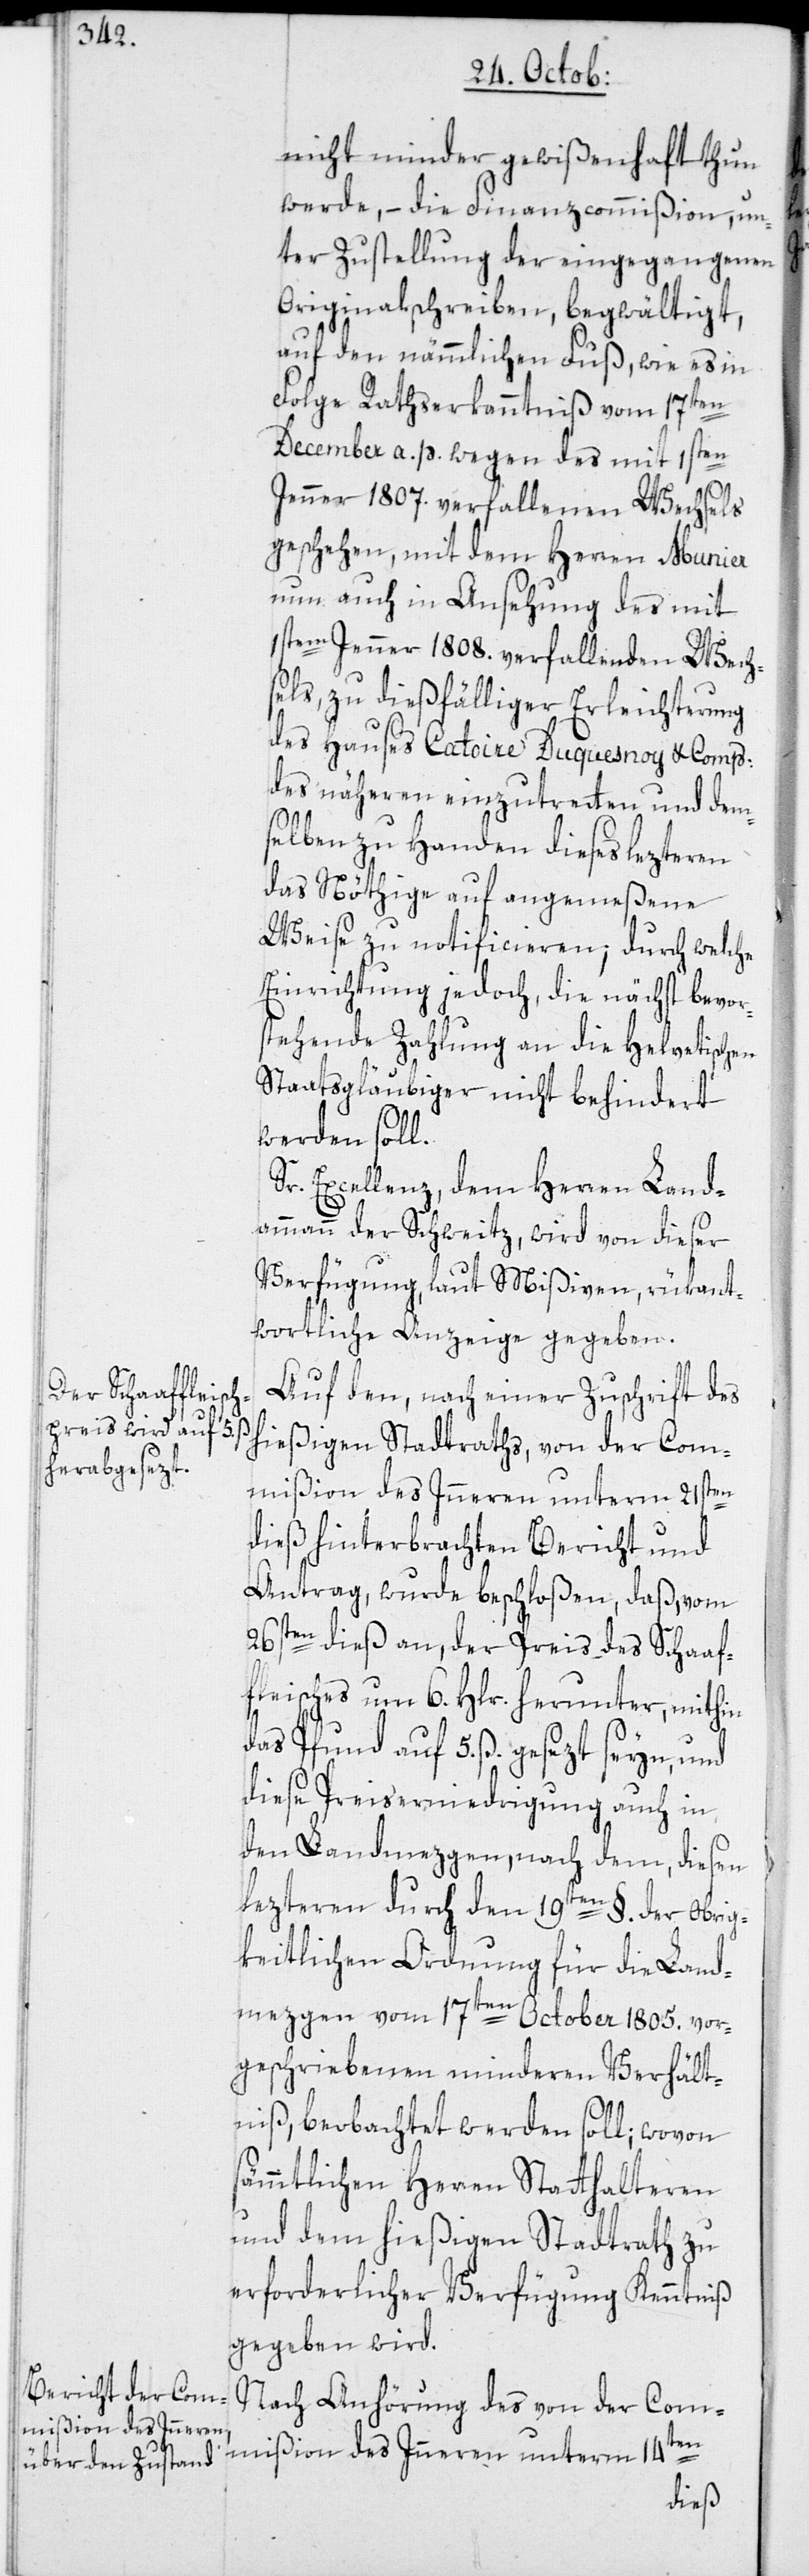
nicht minder gewißenhaft thun
werde, – die Finanzcommißion, un¬
ter Zustellung der eingegangenen
Originalschreiben, begwältigt,
auf den nämmlichen Fuß, wie es in
Folge Rathserkanntniß vom 17ten
December a. p. wegen des mit 1sten
Jenner 1807. verfallenen Wechsels
geschehen, mit dem Herren Munier
nun auch in Ansehung des mit
1stem Jenner 1808. verfallenden Wech¬
sels, zu dießfälliger Erleichterung
des Hauses Catoire Duquesnoy & Comp:
des näheren einzutretten und dem¬
selben zu Handen dieses lezteren
das Nöthige auf angemeßene
Weise zu notificieren; durch welche
Einrichtung jedoch, die nächst bevor¬
stehende Zahlung an die Helvetischen
Staatsgläubiger nicht behindert
werden soll.
Sr. Excellenz, dem Herren Land¬
ammann der Schweitz, wird von dieser
Verfügung, laut Mißiven, rükant¬
wortliche Anzeige gegeben.
Auf den, nach einer Zuschrift des
mißion des Inneren unterm 21sten
dieß hinterbrachten Bericht und
Antrag, wurde beschloßen, daß, vom
26sten dieß an, der Preis des Schaaf¬
fleisches um 6. Hlr. herunter, mithin
das Pfund auf 5. ß. gesezt seyn, und
diese Preiserniedrigung auch in
den Landmezgen, nach dem, diesen
lezteren durch den 19ten §. der Obrig¬
keitlichen Ordnung für die Land¬
mezgen vom 17ten October 1805. vor¬
geschriebenen minderen Verhält¬
Com¬
niß, beobachtet werden soll; wovon
sämmtlichen Herren Statthalteren
und dem hießigen Stadtrath zu
erforderlicher Verfügung Kenntniß
gegeben wird.
Nach Anhörung des von der Com¬
mißion des Inneren unterm 14ten